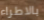
بالاطراء